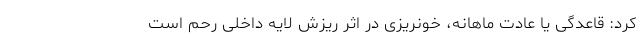
کرد: قاعدگی یا عادت ماهانه، خونریزی در اثر ریزش لایه داخلی رحم است